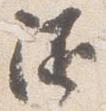
随